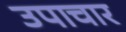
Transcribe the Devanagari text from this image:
उपाचार